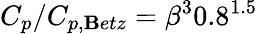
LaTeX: C_{p}/C_{p,\mathbf{B}etz}=\beta^{3}0.8^{1.5}